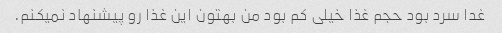
غدا سرد بود حجم غذا خیلی کم بود من بهتون این غذا رو پیشنهاد نمیکنم.